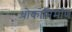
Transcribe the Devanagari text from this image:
धोकानिर्माण